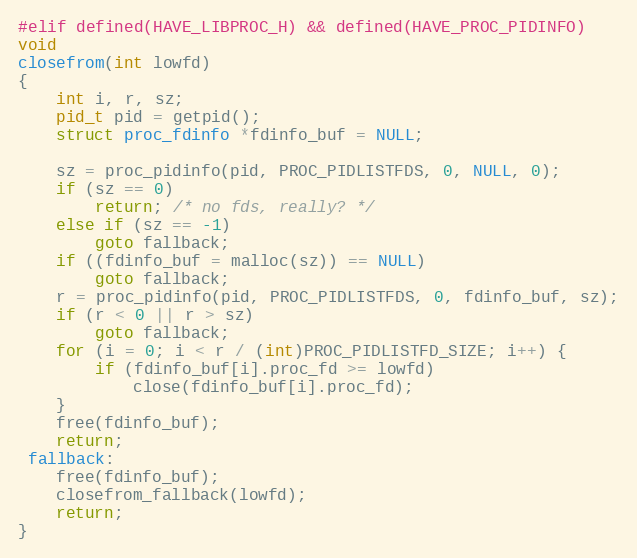
Language: C
#elif defined(HAVE_LIBPROC_H) && defined(HAVE_PROC_PIDINFO)
void
closefrom(int lowfd)
{
	int i, r, sz;
	pid_t pid = getpid();
	struct proc_fdinfo *fdinfo_buf = NULL;

	sz = proc_pidinfo(pid, PROC_PIDLISTFDS, 0, NULL, 0);
	if (sz == 0)
		return; /* no fds, really? */
	else if (sz == -1)
		goto fallback;
	if ((fdinfo_buf = malloc(sz)) == NULL)
		goto fallback;
	r = proc_pidinfo(pid, PROC_PIDLISTFDS, 0, fdinfo_buf, sz);
	if (r < 0 || r > sz)
		goto fallback;
	for (i = 0; i < r / (int)PROC_PIDLISTFD_SIZE; i++) {
		if (fdinfo_buf[i].proc_fd >= lowfd)
			close(fdinfo_buf[i].proc_fd);
	}
	free(fdinfo_buf);
	return;
 fallback:
	free(fdinfo_buf);
	closefrom_fallback(lowfd);
	return;
}